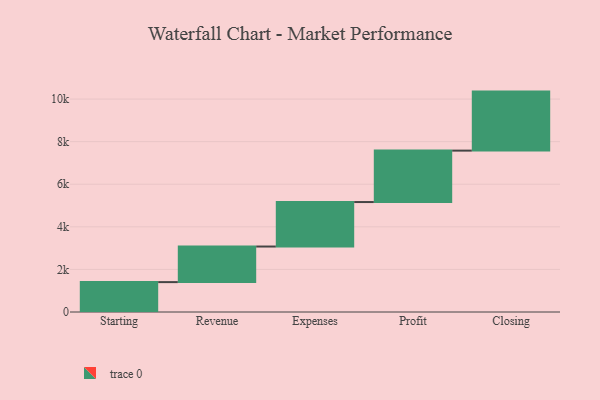
{"axis": {"x": "Step", "y": "Value"}, "legend": [""], "data": [{"x": "Starting", "y": 1404.0, "type": ""}, {"x": "Revenue", "y": 1671.0, "type": ""}, {"x": "Expenses", "y": 2089.0, "type": ""}, {"x": "Profit", "y": 2415.0, "type": ""}, {"x": "Closing", "y": 2772.0, "type": ""}]}